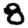
Digit: 8